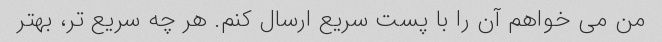
من می خواهم آن را با پست سریع ارسال کنم. هر چه سریع تر، بهتر